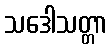
သဒေါသတ္တာ